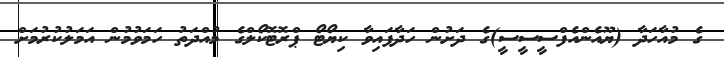
ގެ މުއާހަދާ (ޔޫއެންއެފްސީސީސީ)ގެ ދަށުން ހަދާފައިވާ ކިޔޯޓޯ ޕްރޮޓޮކޯލްގެ މުއްދަތު ހަމަވުމުން އަމަލުކުރުމަށް